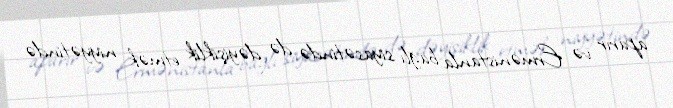
aparır və Ermənistanla bağlı siyasətində də dəyişiklik etmək niyyətində